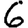
Digit: 6